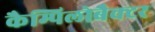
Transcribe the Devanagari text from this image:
कैम्पिलोबैक्टर